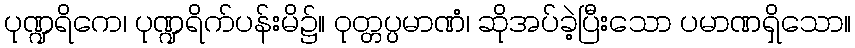
ပုဏ္ဍရိကေ၊ ပုဏ္ဍရိက်ပန်းမိ၌။ ဝုတ္တပ္ပမာဏံ၊ ဆိုအပ်ခဲ့ပြီးသော ပမာဏရှိသော။